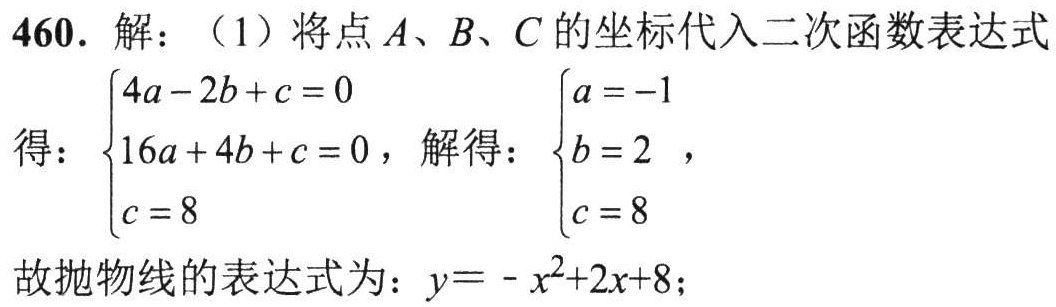
460. 解：（1）将点\(A\)、\(B\)、\(C\)的坐标代入二次函数表达式
得：\(\begin{cases}4a - 2b + c = 0\\16a + 4b + c = 0\\c = 8\end{cases}\)，解得：\(\begin{cases}a = -1\\b = 2\\c = 8\end{cases}\)，
故抛物线的表达式为：\(y = -x^{2}+2x + 8\)；